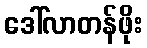
ဒေါ်လာတန်ဖိုး